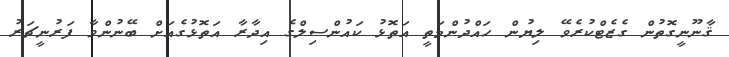
ޤާނޫނީގޮތުން ގެޒެޓްކުރެވޭ ލިޔުން ހައްދުންމަތީ އަތޮޅު ކައުންސިލްގެ އިދާރާ އަތޮޅުގެއަށް ބޭނުންވާ ފަރުނީޗަރު